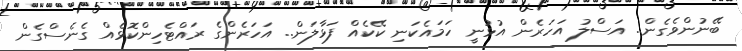
ބޭނުންވެގެން.. އަސްލު އަހަރެން އުޅުނީ ހަމައެކަނި ކޭކެއް ފަޅާލަން.. އަހަރެންގެ ރައްޓެހިންކޮޅެއް ގެނެސްގެން